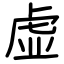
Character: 虚